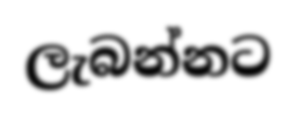
ලැබන්නට